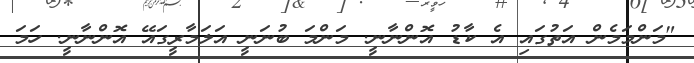
"މަންމަމެން އަތުގައި އެ ކާޑު އޮންނާނީ. މަންމަ ބުނަނީ އަލަމާރީގައޭ އޮންނާނީ. ހަމަ